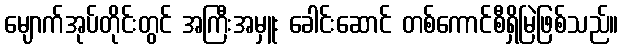
မျောက်အုပ်တိုင်းတွင် အကြီးအမှူး ခေါင်းဆောင် တစ်ကောင်စီရှိမြဲဖြစ်သည်။